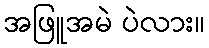
အဖြူအမဲ ပဲလား။